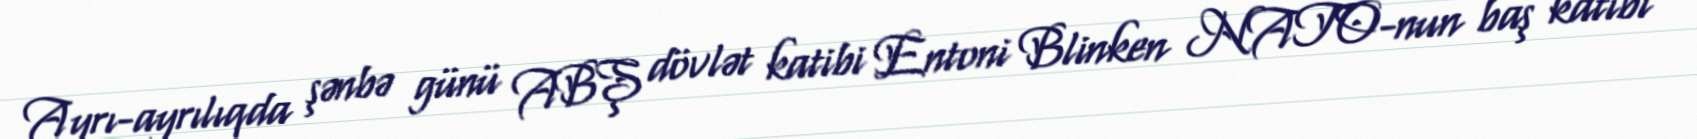
Ayrı-ayrılıqda şənbə günü ABŞ dövlət katibi Entoni Blinken NATO-nun baş katibi